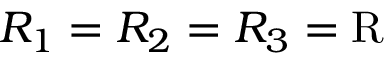
R _ { 1 } = R _ { 2 } = R _ { 3 } = \mathrm { R }